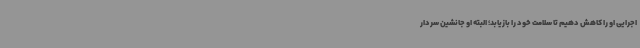
اجرایی او را کاهش دهیم تا سلامت خود را بازیابد؛ البته او جانشین سردار